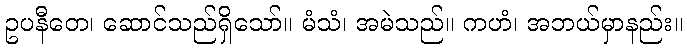
ဥပနီတေ၊ ဆောင်သည်ရှိသော်။ မံသံ၊ အမဲသည်။ ကဟံ၊ အဘယ်မှာနည်း။